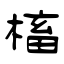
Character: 槒